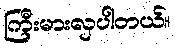
ကြီးမားလှပါတယ်။